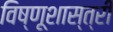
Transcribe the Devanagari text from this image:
विष्णूशास्त्री